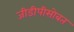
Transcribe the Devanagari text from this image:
जीडीपीसोबत